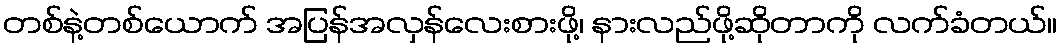
တစ်နဲ့တစ်ယောက် အပြန်အလှန်လေးစားဖို့၊ နားလည်ဖို့ဆိုတာကို လက်ခံတယ်။